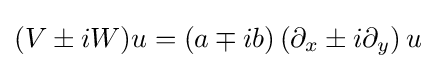
(V\pm iW)u=(a\mp ib)\left(\partial _{x}\pm i\partial _{y}\right)u